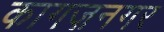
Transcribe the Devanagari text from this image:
कागज़नगर